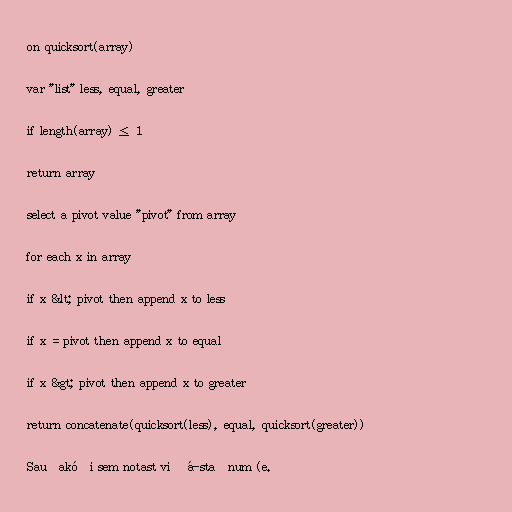
on quicksort(array)

var "list" less, equal, greater

if length(array) ≤ 1

return array

select a pivot value "pivot" from array

for each x in array

if x &lt; pivot then append x to less

if x = pivot then append x to equal

if x &gt; pivot then append x to greater

return concatenate(quicksort(less), equal, quicksort(greater))

Sauðakóði sem notast við á-staðnum (e.